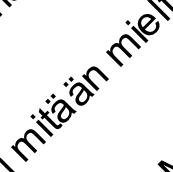
mit ä ä n mi e